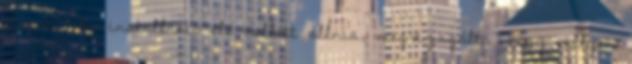
vicces. Az installáció elé kellett állnia, megvizsgálta, hogy milyen